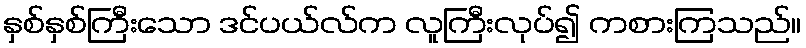
နှစ်နှစ်ကြီးသော ဒင်ပယ်လ်က လူကြီးလုပ်၍ ကစားကြသည်။